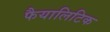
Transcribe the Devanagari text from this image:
फैयालिटिक